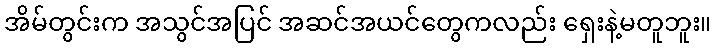
အိမ်တွင်းက အသွင်အပြင် အဆင်အယင်တွေကလည်း ရှေးနဲ့မတူဘူး။